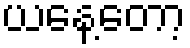
ယနေ့တော့